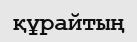
құрайтың